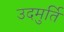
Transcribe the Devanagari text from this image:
उदमुर्ति